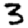
Digit: 3